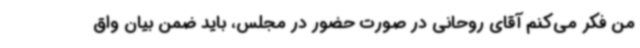
من فکر می‌کنم آقای روحانی در صورت حضور در مجلس، باید ضمن بیان واق